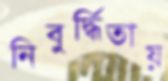
নিবুর্দ্ধিতায়